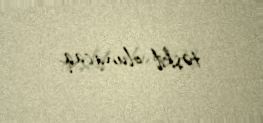
təşkil olunacaq.